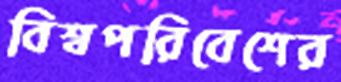
বিশ্বপরিবেশের